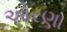
ઓરણા